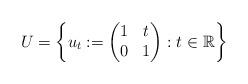
LaTeX: \begin{align*}U=\left\{u_t:=\begin{pmatrix} 1 & t\\ 0 & 1\end{pmatrix}:t\in \mathbb{R}\right\}\end{align*}